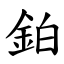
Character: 鉑